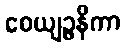
ဝေယျဉ္ဇနိကာ